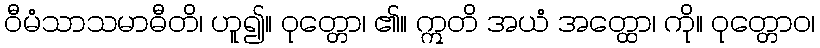
ဝီမံသာသမာဓီတိ၊ ဟူ၍။ ဝုတ္တော၊ ၏။ ဣတိ အယံ အတ္ထော၊ ကို။ ဝုတ္တောဝ၊